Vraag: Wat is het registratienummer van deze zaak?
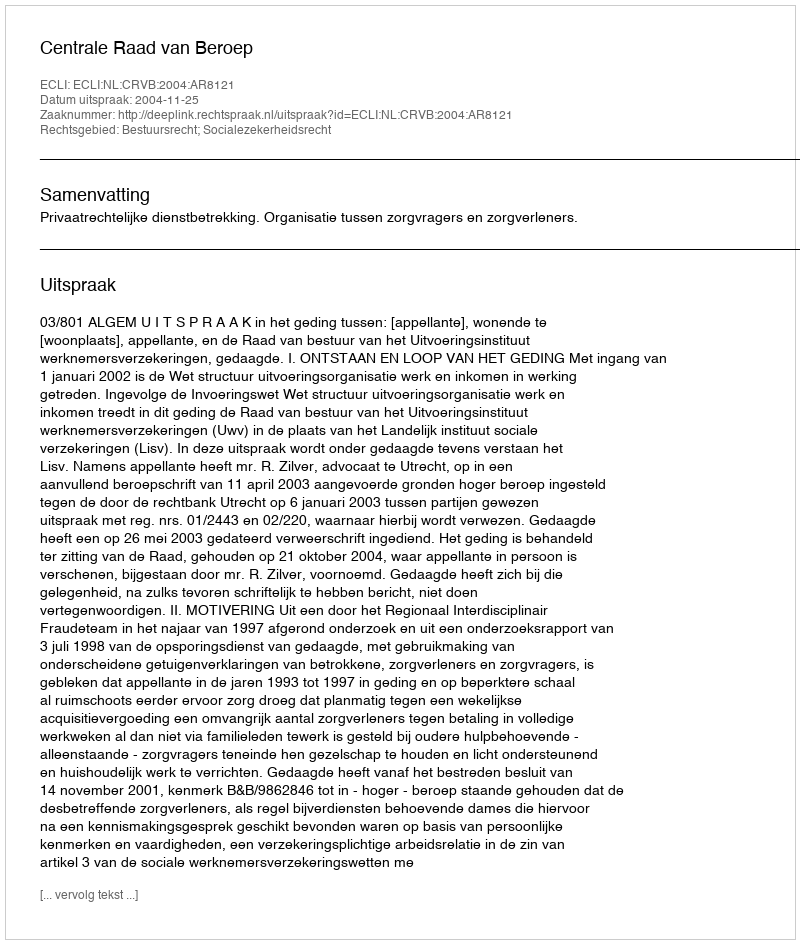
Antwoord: http://deeplink.rechtspraak.nl/uitspraak?id=ECLI:NL:CRVB:2004:AR8121